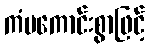
ကံမကောင်းစွာဖြင့်